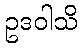
ဥဒဝါသိ